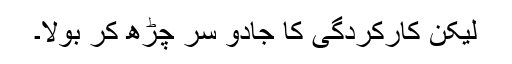
لیکن کارکردگی کا جادو سر چڑھ کر بولا۔